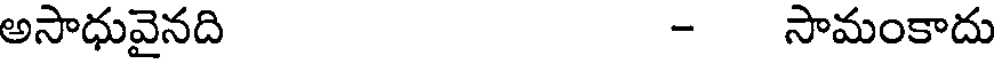
అసాధువైనది - సామంకాదు